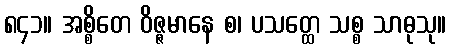
၈၄၁။ အစ္စိတေ ဝိဇ္ဇမာနေ စ၊ ပသတ္ထေ သစ္စ သာဓုသု။